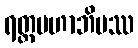
ရတ္တမဟာဘိပဿ